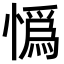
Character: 𢠿